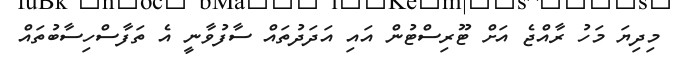
މިދިޔަ މަހު ރާއްޖެ އަށް ޓޫރިސްޓުން އައި އަދަދުތައް ސާފުވާނީ އެ ތަފާސްހިސާބުތައް